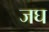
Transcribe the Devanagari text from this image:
जघ